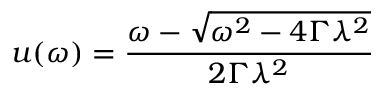
u ( \omega ) = \frac { \omega - \sqrt { \omega ^ { 2 } - 4 \Gamma \lambda ^ { 2 } } } { 2 \Gamma \lambda ^ { 2 } }